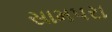
સામપરા